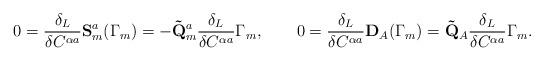
LaTeX: \begin{align*}0 = \frac{\delta_L}{\delta C^{\alpha a}} \mathbf{S}_m^a(\Gamma_m) =- \mathbf{\tilde Q}_m^a \frac{\delta_L}{\delta C^{\alpha a}} \Gamma_m,\qquad0 = \frac{\delta_L}{\delta C^{\alpha a}} \mathbf{D}_A(\Gamma_m) =\mathbf{\tilde Q}_A \frac{\delta_L}{\delta C^{\alpha a}} \Gamma_m.\end{align*}